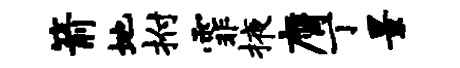
箭地拊霏掖膺丁景